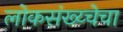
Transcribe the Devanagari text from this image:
लोकसंख्य्चेचा